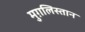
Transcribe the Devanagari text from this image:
मुग़लिस्तान